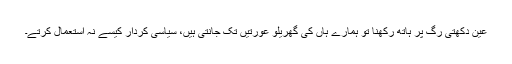
عین دکھتی رگ پر ہاتھ رکھنا تو ہمارے ہاں کی گھریلو عورتیں تک جانتی ہیں، سیاسی کردار کیسے نہ استعمال کرتے۔